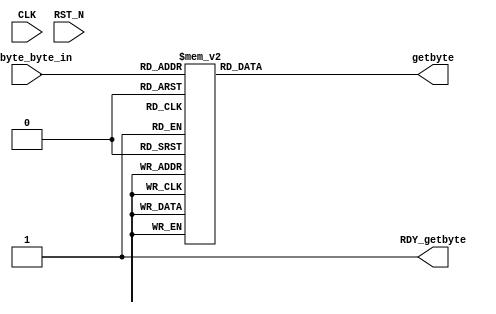
//
// Generated by Bluespec Compiler, version 2021.07-1-gaf77efcd (build af77efcd)
//
// On Mon Dec  6 11:47:50 IST 2021
//
//
// Ports:
// Name                         I/O  size props
// getbyte                        O     8
// RDY_getbyte                    O     1 const
// CLK                            I     1 unused
// RST_N                          I     1 unused
// getbyte_byte_in                I     8
//
// Combinational paths from inputs to outputs:
//   getbyte_byte_in -> getbyte
//
//

`ifdef BSV_ASSIGNMENT_DELAY
`else
  `define BSV_ASSIGNMENT_DELAY
`endif

`ifdef BSV_POSITIVE_RESET
  `define BSV_RESET_VALUE 1'b1
  `define BSV_RESET_EDGE posedge
`else
  `define BSV_RESET_VALUE 1'b0
  `define BSV_RESET_EDGE negedge
`endif

module mkSbox(CLK,
	      RST_N,

	      getbyte_byte_in,
	      getbyte,
	      RDY_getbyte);
  input  CLK;
  input  RST_N;

  // value method getbyte
  input  [7 : 0] getbyte_byte_in;
  output [7 : 0] getbyte;
  output RDY_getbyte;

  // signals for module outputs
  reg [7 : 0] getbyte;
  wire RDY_getbyte;

  // value method getbyte
  always@(getbyte_byte_in)
  begin
    case (getbyte_byte_in)
      8'b0: getbyte = 8'h63;
      8'b00000001: getbyte = 8'h7C;
      8'b00000010: getbyte = 8'h77;
      8'b00000011: getbyte = 8'h7B;
      8'b00000100: getbyte = 8'hF2;
      8'b00000101: getbyte = 8'h6B;
      8'b00000110: getbyte = 8'h6F;
      8'b00000111: getbyte = 8'hC5;
      8'b00001000: getbyte = 8'h30;
      8'b00001001: getbyte = 8'h01;
      8'b00001010: getbyte = 8'h67;
      8'b00001011: getbyte = 8'h2B;
      8'b00001100: getbyte = 8'hFE;
      8'b00001101: getbyte = 8'hD7;
      8'b00001110: getbyte = 8'hAB;
      8'b00001111: getbyte = 8'h76;
      8'b00010000: getbyte = 8'hCA;
      8'b00010001: getbyte = 8'h82;
      8'b00010010: getbyte = 8'hC9;
      8'b00010011: getbyte = 8'h7D;
      8'b00010100: getbyte = 8'hFA;
      8'b00010101: getbyte = 8'h59;
      8'b00010110: getbyte = 8'h47;
      8'b00010111: getbyte = 8'hF0;
      8'b00011000: getbyte = 8'hAD;
      8'b00011001: getbyte = 8'hD4;
      8'b00011010: getbyte = 8'hA2;
      8'b00011011: getbyte = 8'hAF;
      8'b00011100: getbyte = 8'h9C;
      8'b00011101: getbyte = 8'hA4;
      8'b00011110: getbyte = 8'h72;
      8'b00011111: getbyte = 8'hC0;
      8'b00100000: getbyte = 8'hB7;
      8'b00100001: getbyte = 8'hFD;
      8'b00100010: getbyte = 8'h93;
      8'b00100011: getbyte = 8'h26;
      8'b00100100: getbyte = 8'h36;
      8'b00100101: getbyte = 8'h3F;
      8'b00100110: getbyte = 8'hF7;
      8'b00100111: getbyte = 8'hCC;
      8'b00101000: getbyte = 8'h34;
      8'b00101001: getbyte = 8'hA5;
      8'b00101010: getbyte = 8'hE5;
      8'b00101011: getbyte = 8'hF1;
      8'b00101100: getbyte = 8'h71;
      8'b00101101: getbyte = 8'hD8;
      8'b00101110: getbyte = 8'h31;
      8'b00101111: getbyte = 8'h15;
      8'b00110000: getbyte = 8'h04;
      8'b00110001: getbyte = 8'hC7;
      8'b00110010: getbyte = 8'h23;
      8'b00110011: getbyte = 8'hC3;
      8'b00110100: getbyte = 8'h18;
      8'b00110101: getbyte = 8'h96;
      8'b00110110: getbyte = 8'h05;
      8'b00110111: getbyte = 8'h9A;
      8'b00111000: getbyte = 8'h07;
      8'b00111001: getbyte = 8'h12;
      8'b00111010: getbyte = 8'h80;
      8'b00111011: getbyte = 8'hE2;
      8'b00111100: getbyte = 8'hEB;
      8'b00111101: getbyte = 8'h27;
      8'b00111110: getbyte = 8'hB2;
      8'b00111111: getbyte = 8'h75;
      8'b01000000: getbyte = 8'h09;
      8'b01000001: getbyte = 8'h83;
      8'b01000010: getbyte = 8'h2C;
      8'b01000011: getbyte = 8'h1A;
      8'b01000100: getbyte = 8'h1B;
      8'b01000101: getbyte = 8'h6E;
      8'b01000110: getbyte = 8'h5A;
      8'b01000111: getbyte = 8'hA0;
      8'b01001000: getbyte = 8'h52;
      8'b01001001: getbyte = 8'h3B;
      8'b01001010: getbyte = 8'hD6;
      8'b01001011: getbyte = 8'hB3;
      8'b01001100: getbyte = 8'h29;
      8'b01001101: getbyte = 8'hE3;
      8'b01001110: getbyte = 8'h2F;
      8'b01001111: getbyte = 8'h84;
      8'b01010000: getbyte = 8'h53;
      8'b01010001: getbyte = 8'hD1;
      8'b01010010: getbyte = 8'h0;
      8'b01010011: getbyte = 8'hED;
      8'b01010100: getbyte = 8'h20;
      8'b01010101: getbyte = 8'hFC;
      8'b01010110: getbyte = 8'hB1;
      8'b01010111: getbyte = 8'h5B;
      8'b01011000: getbyte = 8'h6A;
      8'b01011001: getbyte = 8'hCB;
      8'b01011010: getbyte = 8'hBE;
      8'b01011011: getbyte = 8'h39;
      8'b01011100: getbyte = 8'h4A;
      8'b01011101: getbyte = 8'h4C;
      8'b01011110: getbyte = 8'h58;
      8'b01011111: getbyte = 8'hCF;
      8'b01100000: getbyte = 8'hD0;
      8'b01100001: getbyte = 8'hEF;
      8'b01100010: getbyte = 8'hAA;
      8'b01100011: getbyte = 8'hFB;
      8'b01100100: getbyte = 8'h43;
      8'b01100101: getbyte = 8'h4D;
      8'b01100110: getbyte = 8'h33;
      8'b01100111: getbyte = 8'h85;
      8'b01101000: getbyte = 8'h45;
      8'b01101001: getbyte = 8'hF9;
      8'b01101010: getbyte = 8'h02;
      8'b01101011: getbyte = 8'h7F;
      8'b01101100: getbyte = 8'h50;
      8'b01101101: getbyte = 8'h3C;
      8'b01101110: getbyte = 8'h9F;
      8'b01101111: getbyte = 8'hA8;
      8'b01110000: getbyte = 8'h51;
      8'b01110001: getbyte = 8'hA3;
      8'b01110010: getbyte = 8'h40;
      8'b01110011: getbyte = 8'h8F;
      8'b01110100: getbyte = 8'h92;
      8'b01110101: getbyte = 8'h9D;
      8'b01110110: getbyte = 8'h38;
      8'b01110111: getbyte = 8'hF5;
      8'b01111000: getbyte = 8'hBC;
      8'b01111001: getbyte = 8'hB6;
      8'b01111010: getbyte = 8'hDA;
      8'b01111011: getbyte = 8'h21;
      8'b01111100: getbyte = 8'h10;
      8'b01111101: getbyte = 8'hFF;
      8'b01111110: getbyte = 8'hF3;
      8'b01111111: getbyte = 8'hD2;
      8'b10000000: getbyte = 8'hCD;
      8'b10000001: getbyte = 8'h0C;
      8'b10000010: getbyte = 8'h13;
      8'b10000011: getbyte = 8'hEC;
      8'b10000100: getbyte = 8'h5F;
      8'b10000101: getbyte = 8'h97;
      8'b10000110: getbyte = 8'h44;
      8'b10000111: getbyte = 8'h17;
      8'b10001000: getbyte = 8'hC4;
      8'b10001001: getbyte = 8'hA7;
      8'b10001010: getbyte = 8'h7E;
      8'b10001011: getbyte = 8'h3D;
      8'b10001100: getbyte = 8'h64;
      8'b10001101: getbyte = 8'h5D;
      8'b10001110: getbyte = 8'h19;
      8'b10001111: getbyte = 8'h73;
      8'b10010000: getbyte = 8'h60;
      8'b10010001: getbyte = 8'h81;
      8'b10010010: getbyte = 8'h4F;
      8'b10010011: getbyte = 8'hDC;
      8'b10010100: getbyte = 8'h22;
      8'b10010101: getbyte = 8'h2A;
      8'b10010110: getbyte = 8'h90;
      8'b10010111: getbyte = 8'h88;
      8'b10011000: getbyte = 8'h46;
      8'b10011001: getbyte = 8'hEE;
      8'b10011010: getbyte = 8'hB8;
      8'b10011011: getbyte = 8'h14;
      8'b10011100: getbyte = 8'hDE;
      8'b10011101: getbyte = 8'h5E;
      8'b10011110: getbyte = 8'h0B;
      8'b10011111: getbyte = 8'hDB;
      8'b10100000: getbyte = 8'hE0;
      8'b10100001: getbyte = 8'h32;
      8'b10100010: getbyte = 8'h3A;
      8'b10100011: getbyte = 8'h0A;
      8'b10100100: getbyte = 8'h49;
      8'b10100101: getbyte = 8'h06;
      8'b10100110: getbyte = 8'h24;
      8'b10100111: getbyte = 8'h5C;
      8'b10101000: getbyte = 8'hC2;
      8'b10101001: getbyte = 8'hD3;
      8'b10101010: getbyte = 8'hAC;
      8'b10101011: getbyte = 8'h62;
      8'b10101100: getbyte = 8'h91;
      8'b10101101: getbyte = 8'h95;
      8'b10101110: getbyte = 8'hE4;
      8'b10101111: getbyte = 8'h79;
      8'b10110000: getbyte = 8'hE7;
      8'b10110001: getbyte = 8'hC8;
      8'b10110010: getbyte = 8'h37;
      8'b10110011: getbyte = 8'h6D;
      8'b10110100: getbyte = 8'h8D;
      8'b10110101: getbyte = 8'hD5;
      8'b10110110: getbyte = 8'h4E;
      8'b10110111: getbyte = 8'hA9;
      8'b10111000: getbyte = 8'h6C;
      8'b10111001: getbyte = 8'h56;
      8'b10111010: getbyte = 8'hF4;
      8'b10111011: getbyte = 8'hEA;
      8'b10111100: getbyte = 8'h65;
      8'b10111101: getbyte = 8'h7A;
      8'b10111110: getbyte = 8'hAE;
      8'b10111111: getbyte = 8'h08;
      8'b11000000: getbyte = 8'hBA;
      8'b11000001: getbyte = 8'h78;
      8'b11000010: getbyte = 8'h25;
      8'b11000011: getbyte = 8'h2E;
      8'b11000100: getbyte = 8'h1C;
      8'b11000101: getbyte = 8'hA6;
      8'b11000110: getbyte = 8'hB4;
      8'b11000111: getbyte = 8'hC6;
      8'b11001000: getbyte = 8'hE8;
      8'b11001001: getbyte = 8'hDD;
      8'b11001010: getbyte = 8'h74;
      8'b11001011: getbyte = 8'h1F;
      8'b11001100: getbyte = 8'h4B;
      8'b11001101: getbyte = 8'hBD;
      8'b11001110: getbyte = 8'h8B;
      8'b11001111: getbyte = 8'h8A;
      8'b11010000: getbyte = 8'h70;
      8'b11010001: getbyte = 8'h3E;
      8'b11010010: getbyte = 8'hB5;
      8'b11010011: getbyte = 8'h66;
      8'b11010100: getbyte = 8'h48;
      8'b11010101: getbyte = 8'h03;
      8'b11010110: getbyte = 8'hF6;
      8'b11010111: getbyte = 8'h0E;
      8'b11011000: getbyte = 8'h61;
      8'b11011001: getbyte = 8'h35;
      8'b11011010: getbyte = 8'h57;
      8'b11011011: getbyte = 8'hB9;
      8'b11011100: getbyte = 8'h86;
      8'b11011101: getbyte = 8'hC1;
      8'b11011110: getbyte = 8'h1D;
      8'b11011111: getbyte = 8'h9E;
      8'b11100000: getbyte = 8'hE1;
      8'b11100001: getbyte = 8'hF8;
      8'b11100010: getbyte = 8'h98;
      8'b11100011: getbyte = 8'h11;
      8'b11100100: getbyte = 8'h69;
      8'b11100101: getbyte = 8'hD9;
      8'b11100110: getbyte = 8'h8E;
      8'b11100111: getbyte = 8'h94;
      8'b11101000: getbyte = 8'h9B;
      8'b11101001: getbyte = 8'h1E;
      8'b11101010: getbyte = 8'h87;
      8'b11101011: getbyte = 8'hE9;
      8'b11101100: getbyte = 8'hCE;
      8'b11101101: getbyte = 8'h55;
      8'b11101110: getbyte = 8'h28;
      8'b11101111: getbyte = 8'hDF;
      8'b11110000: getbyte = 8'h8C;
      8'b11110001: getbyte = 8'hA1;
      8'b11110010: getbyte = 8'h89;
      8'b11110011: getbyte = 8'h0D;
      8'b11110100: getbyte = 8'hBF;
      8'b11110101: getbyte = 8'hE6;
      8'b11110110: getbyte = 8'h42;
      8'b11110111: getbyte = 8'h68;
      8'b11111000: getbyte = 8'h41;
      8'b11111001: getbyte = 8'h99;
      8'b11111010: getbyte = 8'h2D;
      8'b11111011: getbyte = 8'h0F;
      8'b11111100: getbyte = 8'hB0;
      8'b11111101: getbyte = 8'h54;
      8'b11111110: getbyte = 8'hBB;
      8'b11111111: getbyte = 8'h16;
    endcase
  end
  assign RDY_getbyte = 1'd1 ;
endmodule  // mkSbox